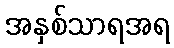
အနှစ်သာရအရ